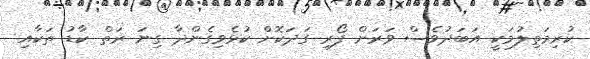
ކުރިމަތިލުމަކީ އަބަދުވެސް ވަރަށް ފޯރި ގަދަކޮށް ކުޅެވިގެންދާ ގިނަ ރަތް ކާޑު ތަކާއި